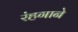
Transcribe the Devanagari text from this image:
रंहगाने